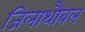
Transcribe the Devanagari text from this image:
जिलाथौबल